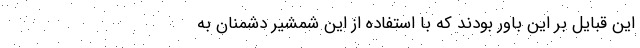
این قبایل بر این باور بودند که با استفاده از این شمشیر دشمنان به